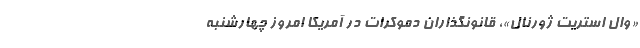
«وال استریت ژورنال»، قانونگذاران دموکرات در آمریکا امروز چهارشنبه